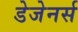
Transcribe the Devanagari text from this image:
डेजेनर्स